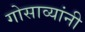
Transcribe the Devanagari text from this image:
गोसाव्यांनी